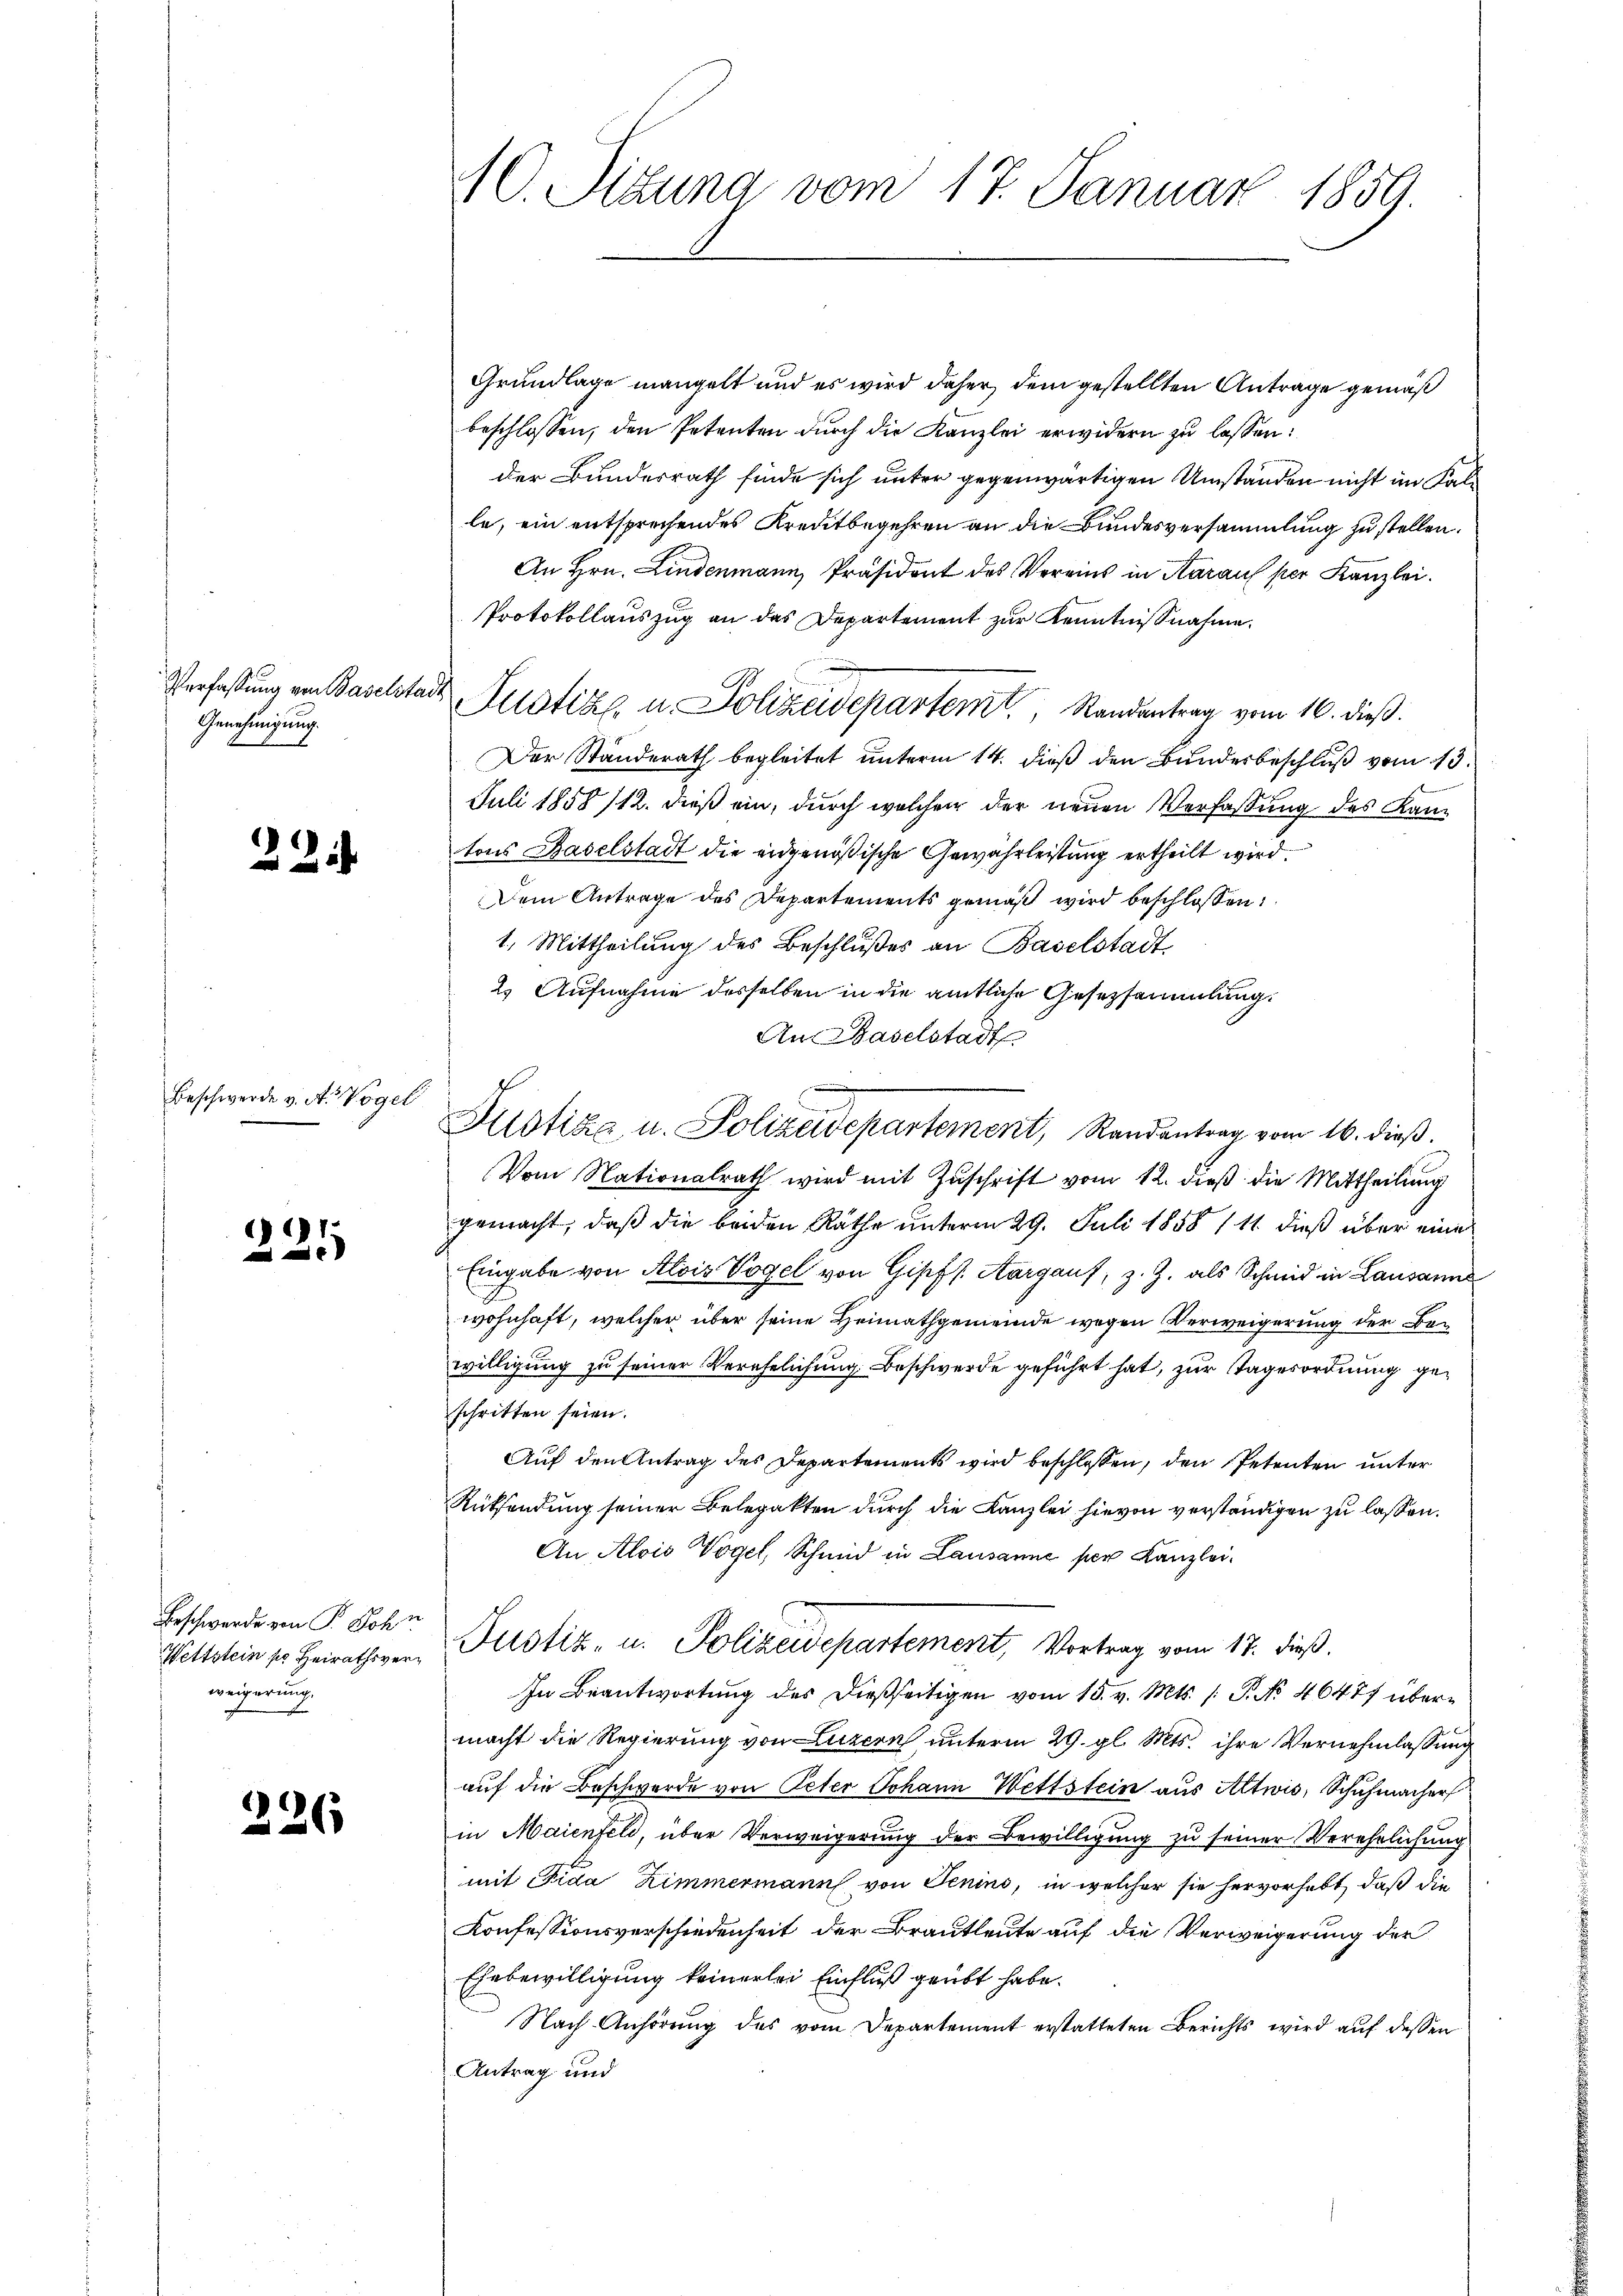
Genehmigung.

22

Beschwerde v. A. Vogel

221

Beschwerde von P. John
Wettstein sr Heirathsverweigerung

226

10. Sizung vom 17. Januar 1859.

An Baselstadt
e
Fristias, u. Polizeidepartement, Randantrag vom 16. dieβ.

Grundlage mangelt und es wird daher, dem gestellten Antrage gemäß
beschlossen, den Petenten durch die Kanzlei erwidern zu lassen:
der Bundesrath finde sich unter gegenwärtigen Umständen nicht im Kalle, ein entsprechendes Kreditbegehren an die Bundesversammlung zu stellen.
An Hrn. Lindenmann, Präsident des Vereins in Aarauf per Kanzlei.
Protokollauszug an das Departement zur Kenntnißnahme
Der Standerath begleitet unterm 14. dieß den Bundesbeschluß vom 13.
Juli 1858 /12. dieß ein, durch welcher der neuen Verfassung des Kantons Baselstadt die eidgenößische Gewährleistung ertheilt wird.
Dem Antrage des Departements gemäβ wird beschlossen:
1. Mittheilung des Beschlußes an Baselstadt
2. Aufnahme desselben in die amtliche Gesetzsammlung.
Vom Nationalrath wird mit Zŭschrift vom 12. dieß die Mittheilung
gemacht, daß die beiden Räthe unterm 29. Juli 1858 111 dieß über eine
Eingabe von Alois Vogel von Gipf s. Aargaus, z. Z. als Schmid in Lausanne
wohnhaft, welcher über seine Heimathgemeinde wegen Verweigerung der Bewilligung zu seiner Verehelichung Beschwerde geführt hat, zur Tagesordnung geschritten seien.
Auf den Antrag des Departements wird beschlossen, den Petenten unter
Rüksendung seiner Belegakten durch die Kanzlei hievon verständigen zu lassen.
An Alois Vogel, Schmid in Lausanne per Kanzlei.
Justiz- u. Polizeidepartement, Vortrag vom 17. dieß.
In Beantwortung des dießseitigen vom 15. v. Mts. /: P. No 46477 übermacht die Regierung von Luzern unterm 29. gl. Mts. ihre Vernehmlassung
auf die Beschwerde von Peter Johann Wettstein aus Altwis, Schuhmacher
in Maienfeld, über Verweigerung der Bewilligung zu seiner Verehrlichung
mit Fida Zimmermann von Jenins, in welcher sie hervorhebt, daß die
Konfessionsverschiedenheit der Brautleute auf die Verweigerung der
Ehebewilligung keinerlei Einfluß geübt habe.
Nach Anhörung des vom Departement erstatteten Berichts wird auf dessen
Antrag und

Verfassung von Baselstadt Justiz, u. Polizeidepartem Randantrag vom 16. dieß.